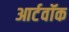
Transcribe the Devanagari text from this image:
आर्टवॉक